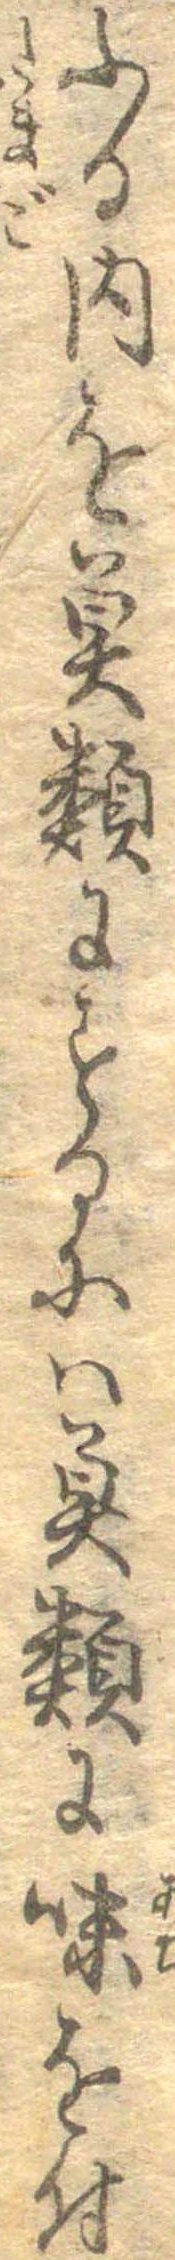
ふる内を魚類にするには魚類に味を付